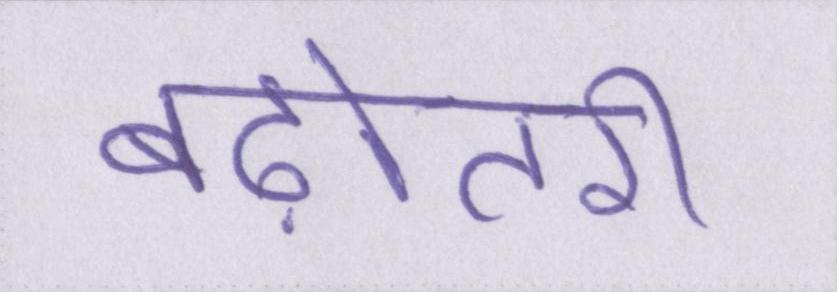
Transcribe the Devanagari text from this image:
बढ़ोतरी